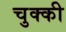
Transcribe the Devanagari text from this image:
चुक्की